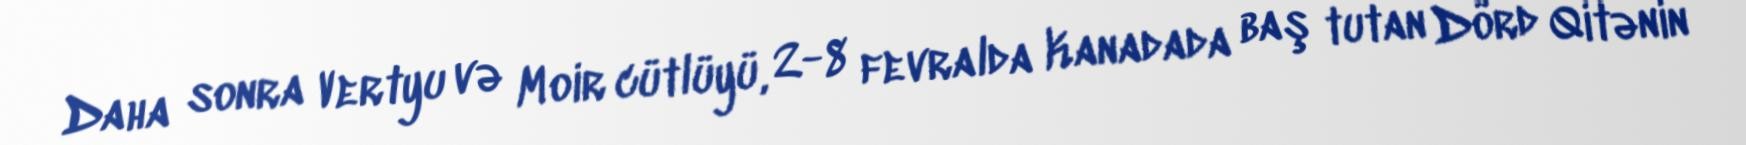
Daha sonra Vertyu və Moir cütlüyü, 2-8 fevralda Kanadada baş tutan Dörd Qitənin